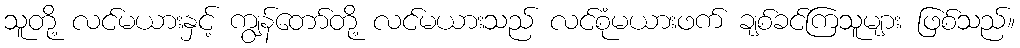
သူတို့ လင်မယားနှင့် ကျွန်တော်တို့ လင်မယားသည် လင်စုံမယားဖက် ချစ်ခင်ကြသူများ ဖြစ်သည်။